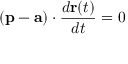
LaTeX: ( \mathbf { p } - \mathbf { a } ) \cdot { \frac { d \mathbf { r } ( t ) } { d t } } = 0